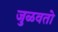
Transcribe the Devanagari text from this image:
जुळवतो